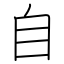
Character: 自